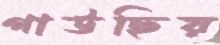
গাউছিয়